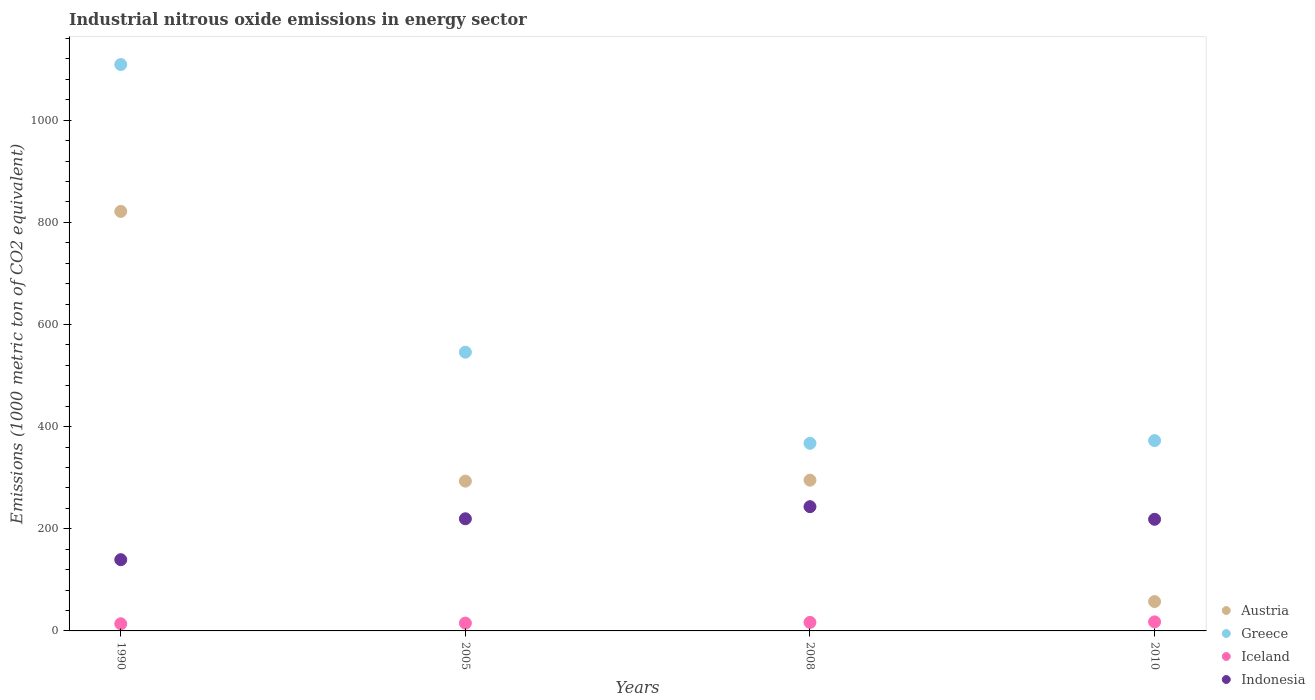
| Years | Austria | Greece | Iceland | Indonesia |
 | --- | --- | --- | --- | --- |
 | 1990 | 822 | 1.11e+03 | 14 | 140 |
 | 2005 | 293 | 546 | 15.3 | 220 |
 | 2008 | 295 | 367 | 16.7 | 243 |
 | 2010 | 57.5 | 373 | 17.7 | 219 |